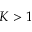
K > 1